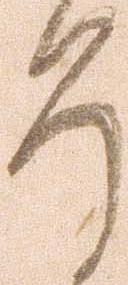
そ